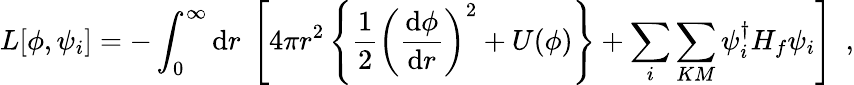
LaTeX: L[\phi,\psi_{i}]=-\int_{0}^{\infty}\mathrm{d}r~\left[4\pi r^{2}\left\{ \frac{1}{2}\left(\frac{\mathrm{d}\phi}{\mathrm{d}r}\right)^{2}+U(\phi)\right\} +\sum_{i}\sum_{KM}\psi_{i}^{\dagger}H_{f}\psi_{i}\right]~~,